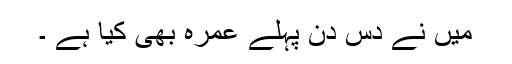
میں نے دس دن پہلے عمرہ بھی کیا ہے ۔